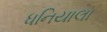
ધનિયાલા